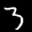
Label: 3